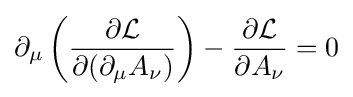
\partial _{\mu }\left({\frac {\partial {\mathcal {L}}}{\partial (\partial _{\mu }A_{\nu })}}\right)-{\frac {\partial {\mathcal {L}}}{\partial A_{\nu }}}=0